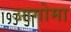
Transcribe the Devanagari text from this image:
आगोमा